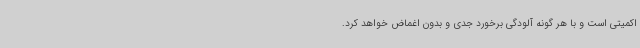
اکمیتی است و با هر گونه آلودگی برخورد جدی و بدون اغماض خواهد کرد.